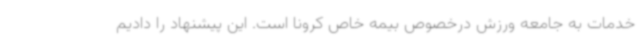
خدمات به جامعه ورزش درخصوص بیمه خاص کرونا است. این پیشنهاد را دادیم